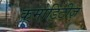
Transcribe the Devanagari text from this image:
कमोडिटीज़